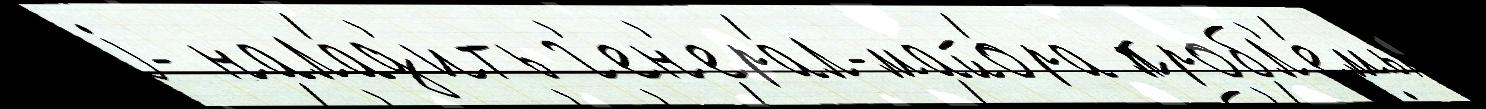
j- нала́д'ить г'ен'ера́л-майо́ра пробл'е́мы